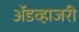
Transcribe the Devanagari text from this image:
ॲडव्हाजरी